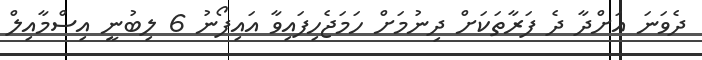
ދެވަނަ އަށްދާ ދެ ފަރާތަކަށް ދިނުމަށް ހަމަޖެހިފައިވާ އައިފޯނު 6 ލިބުނީ އިސްމާއިލް